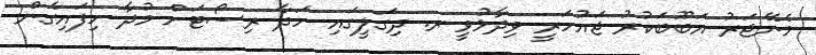
މެނޭޖަރު އަބޫބަކުރު ޖައުހަރީ ވިދާޅުވީ ރ. ދިގަލީގައި ހަދާ ރިސޯޓަށް މުދާ ހިފައިގެން